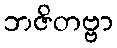
ဘဇိတဗ္ဗာ